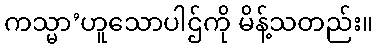
ကသ္မာ’ဟူသောပါဌ်ကို မိန့်သတည်း။